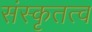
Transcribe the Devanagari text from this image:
संस्कृतत्व